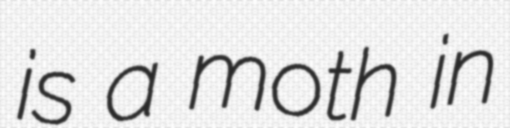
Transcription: is a moth in